Lunatic asylums United Prov. 1922-30 - 1922-1930
Year: 1922
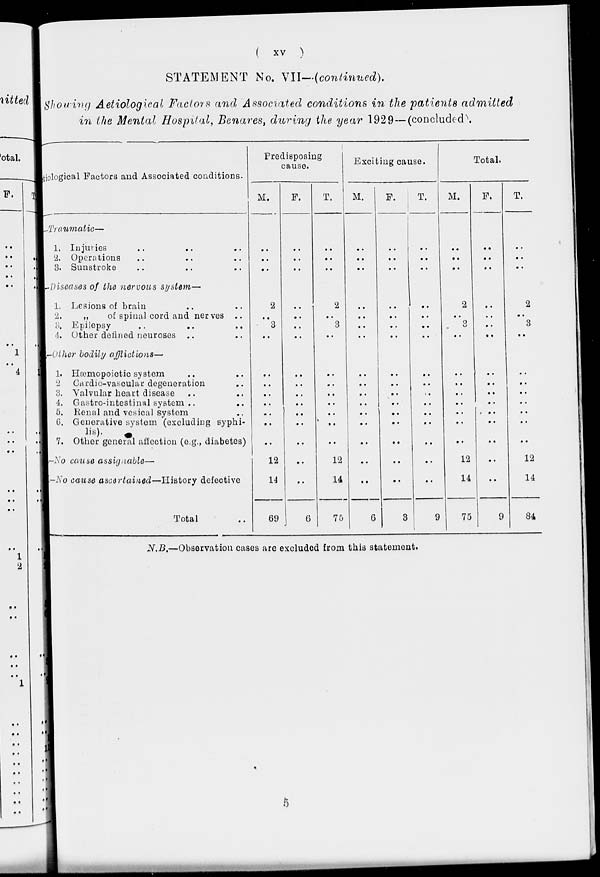
( xv )
STATEMENT No. VII—(continued).
Showing Aetiological Factors and Associated conditions in the patients admitted
in the Mental Hospital, Benares, during the year 1929—(concluded).
Atiological Factors and Associated conditions.
A—Traumatic—
1.
2.
3.
Injuries .. .. ..
Operations .. .. ..
Sunstroke .. .. ..
B—Diseases of the nervous system—
1.
2.
3.
4.
Lesions of brain .. ..
„
of spinal cord and nerves ..
Epilepsy .. .. ..
Other defined neuroses .. ..
C—Other bodily afflictions—
1.
2.
3.
4.
5.
6.
7.
Hæmopoietic system .. ..
Cardio-vascular degeneration ..
Valvular heart disease .. ..
Gastro-intestinal system .. ..
Renal and vesical system ..
Generative system (excluding syphi-
lis).
Other general affection (e.g., diabetes)
D—No cause assignable—
E—No cause ascertained—History
defective
Total ..
Predisposing
cause.
M.
..
..
..
2
..
3
..
..
..
..
..
..
..
..
12
14
69
F.
..
..
..
..
..
..
..
..
..
..
..
..
..
..
..
..
6
T.
..
..
..
2
..
3
..
..
..
..
..
..
..
..
12
14
75
Exciting cause.
M.
..
..
..
..
..
..
..
..
..
..
..
..
..
..
..
..
6
F.
..
..
..
..
..
..
..
..
..
..
..
..
..
..
..
..
3
T.
..
..
..
..
..
..
..
..
..
..
..
..
..
..
..
..
9
Total.
M.
..
..
..
2
..
3
..
..
..
..
..
..
..
..
12
14
75
F.
..
..
..
..
..
..
..
..
..
..
..
..
..
..
..
..
9
T.
..
..
..
2
..
3
..
..
..
..
..
..
..
..
12
14
84
N.B.—Observation cases are excluded from this statement.